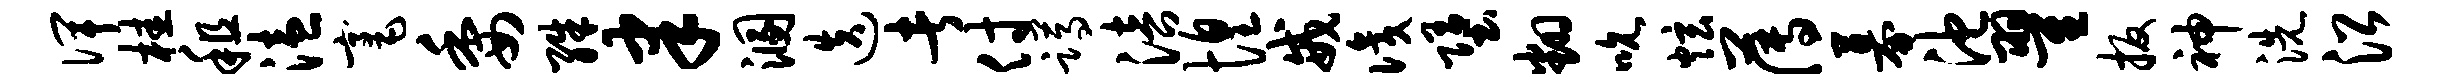
俾桂租溘毫委殊聿溷迭者付蹲涪惶戒识堕翻吮炫薄募池翟扳神洗沿